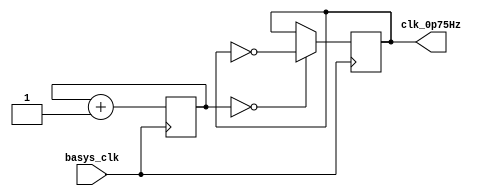
`timescale 1ns / 1ps
//////////////////////////////////////////////////////////////////////////////////
// Company: 
// Engineer: 
// 
// Design Name: 
// Module Name: clk_0p75hz
// Project Name: 
// Target Devices: 
// Tool Versions: 
// Description: 
// 
// Dependencies: 
// 
// Revision:
// Revision 0.01 - File Created
// Additional Comments:
// 
//////////////////////////////////////////////////////////////////////////////////


module clk_0p75hz(
    input basys_clk,
    output reg clk_0p75Hz
    );
    
    reg [25:0] count = 0;
        
    always @ (posedge basys_clk)
    begin
        count <= count + 1;
        clk_0p75Hz <= (count == 0) ? ~clk_0p75Hz : clk_0p75Hz;
    end
endmodule